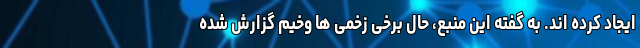
ایجاد کرده اند. به گفته این منبع، حال برخی زخمی ها وخیم گزارش شده